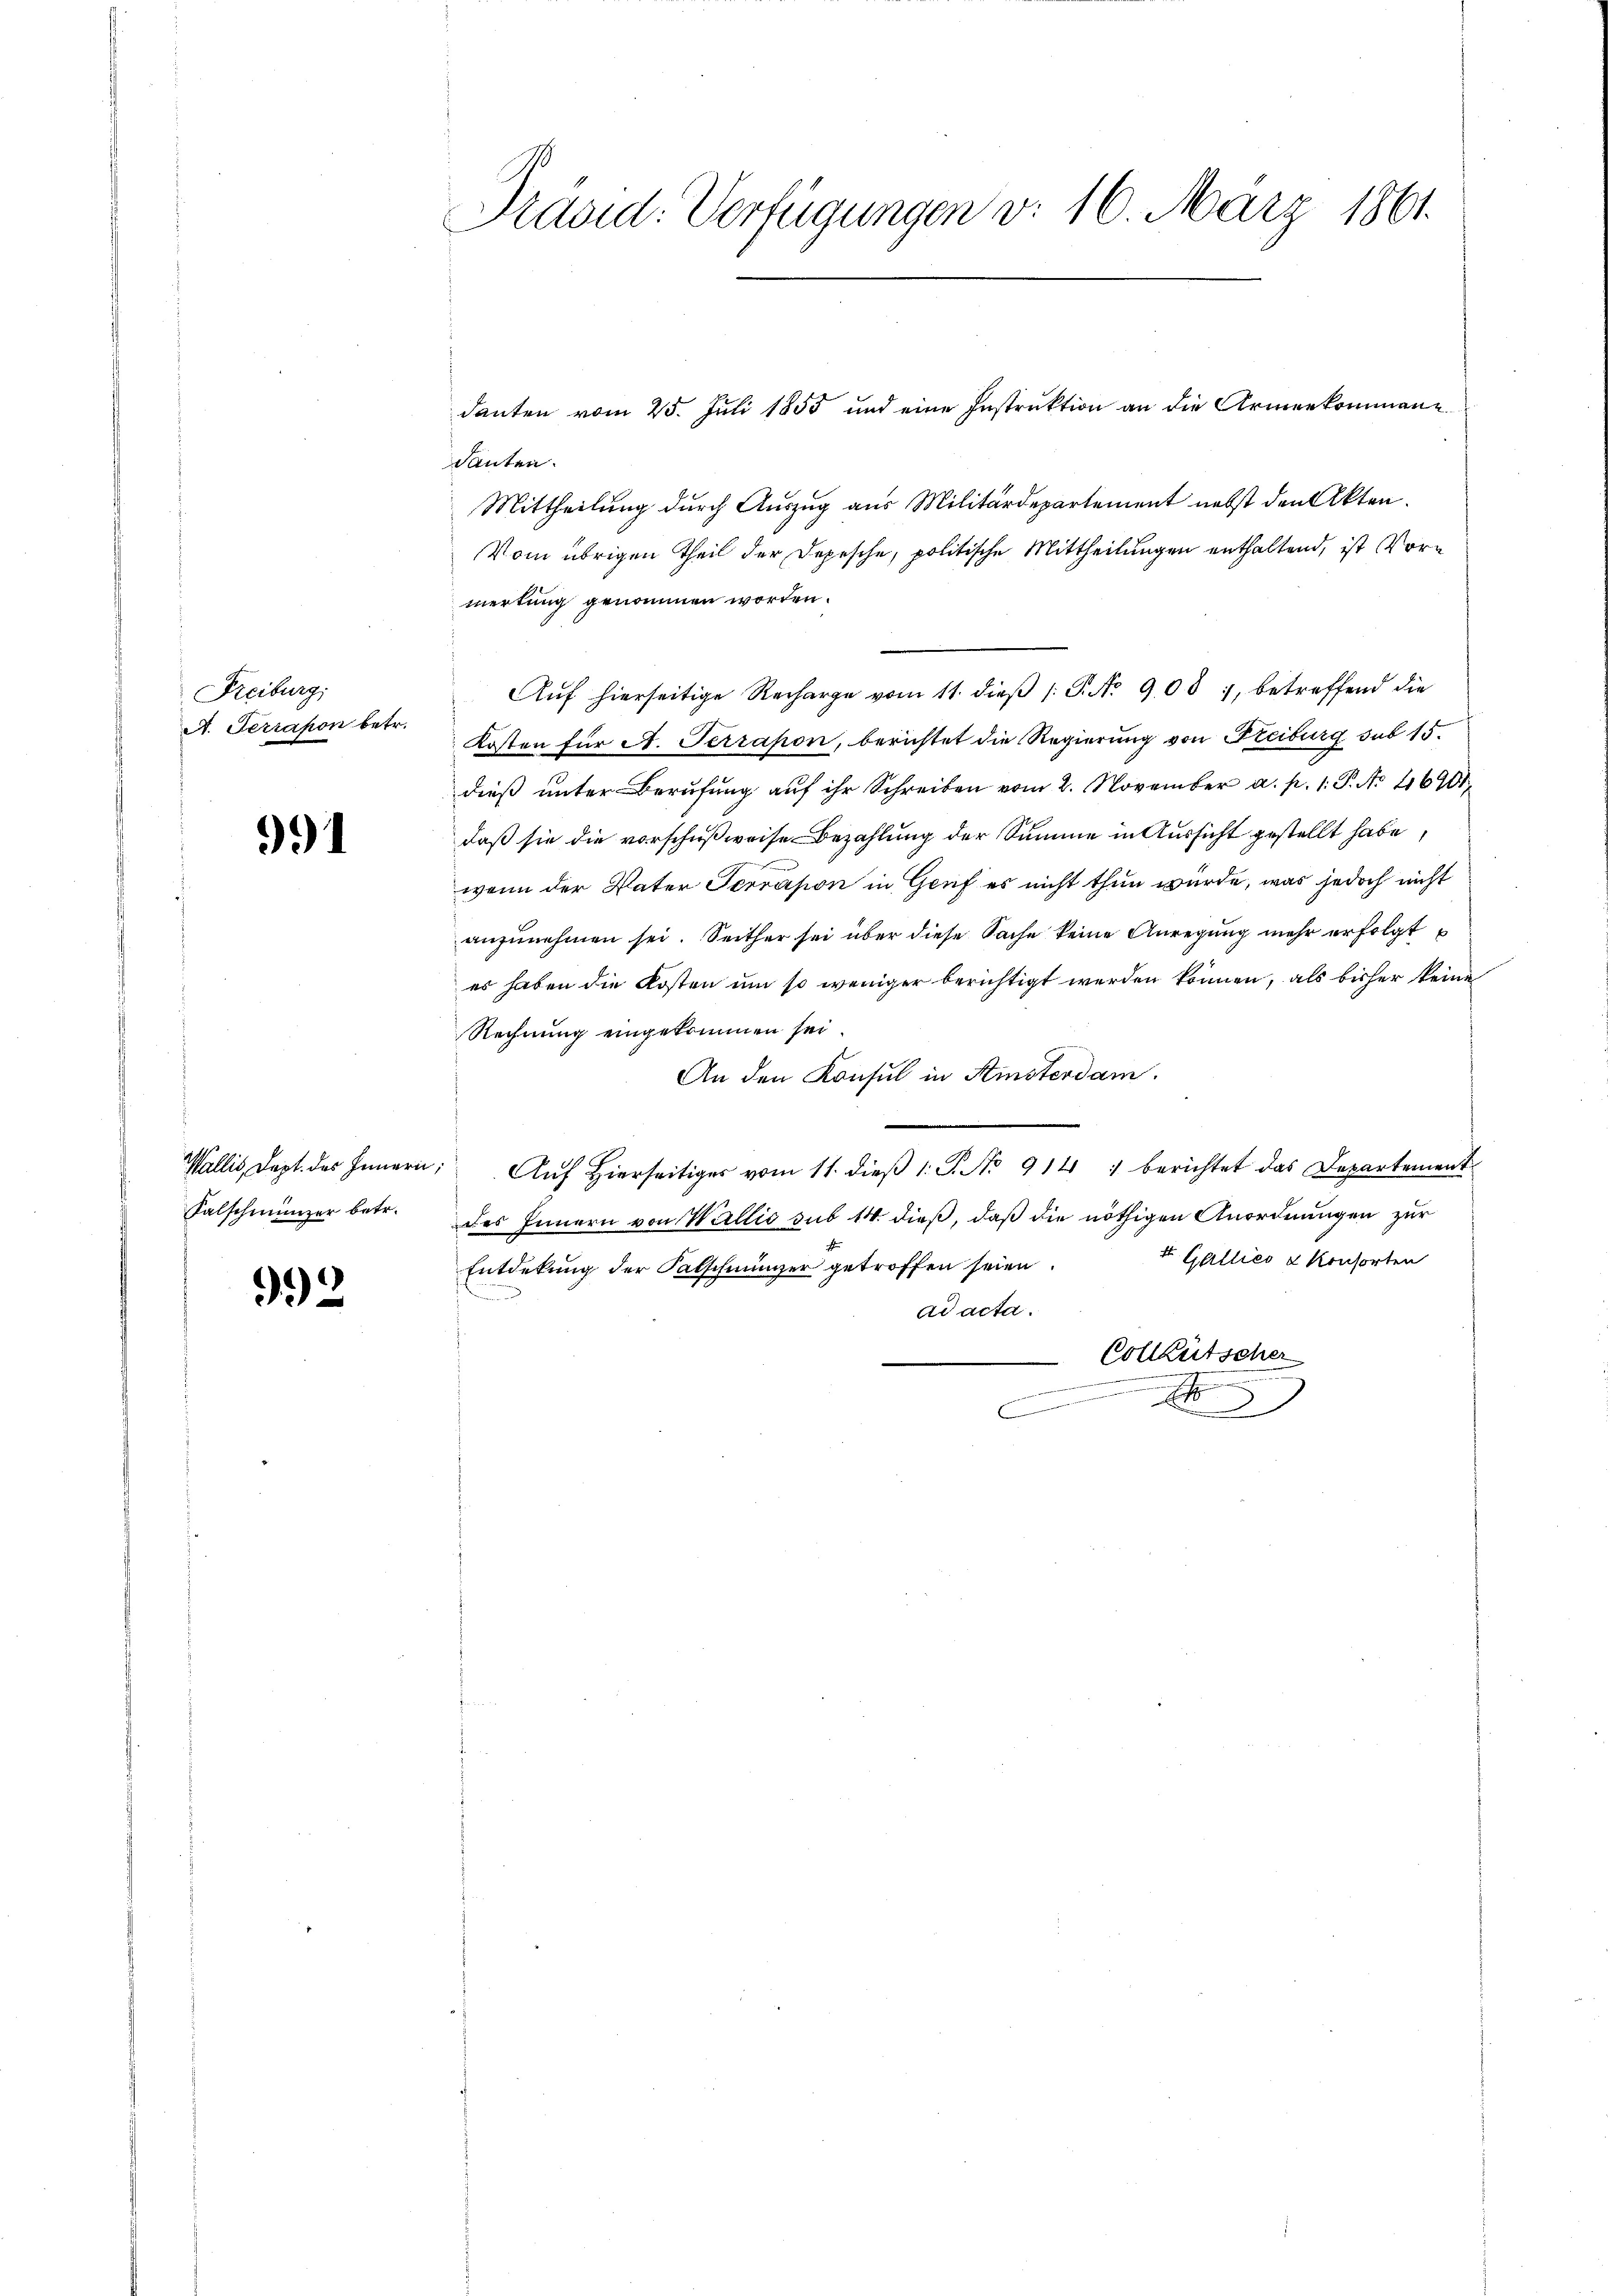
Freiburg,
A. Terrapon betr.

991

Falschmünzer betr.

992

Präsid. Verfügungen v. 16. März 1861.

danten vom 25. Juli 1855 und eine Instruktion an die Armenkommene
danten.
Mittheilung durch Auszug aus Militärdepartement nebst den Akten.
Vom übrigen Theil der Depesche, politische Mittheilungen enthaltend, ist Vormertung genommen worden.
Aŭf hierseitige Recharge vom 11. dieβ (: P. Nr. 908, betreffend die
Kosten für A. Terrapon, berichtet die Regierung von Freiburg sub 15.
dieß unter Berufung auf ihr Schreiben vom 2. November a. p. 1. P. No 26901
daß sie die vorschußweise Bezahlung der Summe in Aussicht gestellt habe,
e
wenn der Vater Terrason in Gruf es nicht thun würde, was jedoch nicht
anzunehmen sei. Seither sei über diese Sache keine Anregung mehr erfolgt
es haben die Kosten um so weniger berichtigt werden können, als bisher keine
Rechnung eingekommen sei.
An den Konsul in Stinsterdam.
Wallis, Capt. des Innern Aŭf Hierseitiger vom 11. dieβ 1: P. No 914 " berichtet das Departement
des Innern von Wallis sub 14 dieß, daß die nöthigen Anordnungen zur
4t. Galliés u Konsorten
Entdekung der Falschmünzer getroffen seien.
—
ad acta.
Colleütscher
gemeinden seiner
x
e
u
d